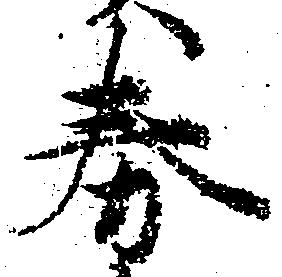
券